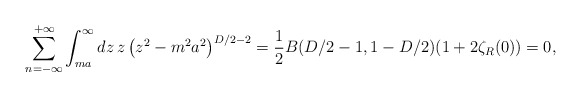
\begin{align*}\sum_{n=-\infty }^{+\infty }\int_{ma}^{\infty }dz\,z\left(z^{2}-m^{2}a^{2}\right) ^{D/2-2}=\frac{1}{2}B(D/2-1,1-D/2)(1+2\zeta _{R}(0))=0, \end{align*}